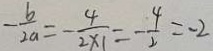
- \frac { b } { 2 a } = - \frac { 4 } { 2 \times 1 } = - \frac { 4 } { 2 } = - 2